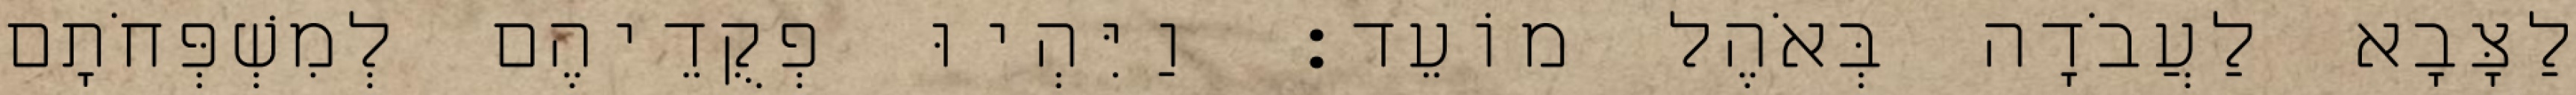
לַצָּבָא לַעֲבֹדָה בְּאֹהֶל מוֹעֵד׃ וַיִּהְיוּ פְקֻדֵיהֶם לְמִשְׁפְּחֹתָם